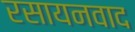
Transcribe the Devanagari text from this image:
रसायनवाद